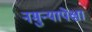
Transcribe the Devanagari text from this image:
नमुन्यापेक्षा